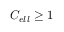
C _ { e l l } \geq 1